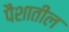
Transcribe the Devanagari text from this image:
पैशातील